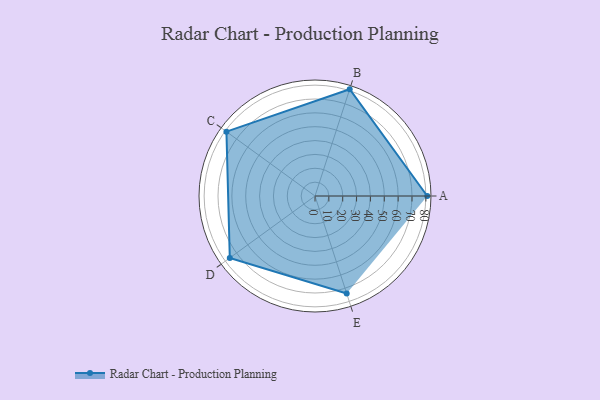
{"axis": {"x": "Skill", "y": "Score"}, "legend": ["Profile"], "data": [{"x": "A", "y": 81.0, "type": "Profile"}, {"x": "B", "y": 81.0, "type": "Profile"}, {"x": "C", "y": 79.0, "type": "Profile"}, {"x": "D", "y": 76.0, "type": "Profile"}, {"x": "E", "y": 74.0, "type": "Profile"}]}